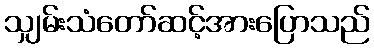
သျှမ်းသံတော်ဆင့်အားပြောသည်